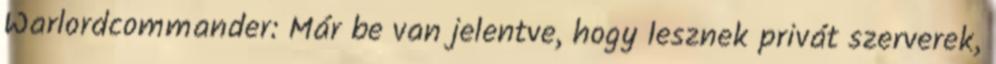
Warlordcommander: Már be van jelentve, hogy lesznek privát szerverek,